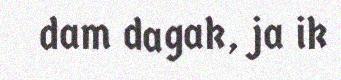
dam dagak, ja ik